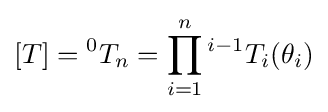
[T]={}^{0}T_{n}=\prod _{i=1}^{n}{}^{i-1}T_{i}(\theta _{i})